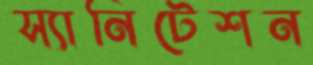
স্যানিটেশন